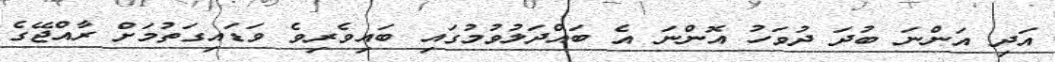
އަދި އަންނަ ބުދަ ދުވަހު އޮންނަ އެ ބައްދަލުވުމުގައި ބައިވެރިވެ ވަޑައިގަތުމަށް ރާއްޖޭގެ